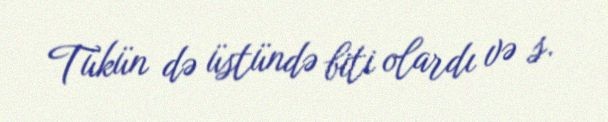
Tükün də üstündə biti olardı və s.